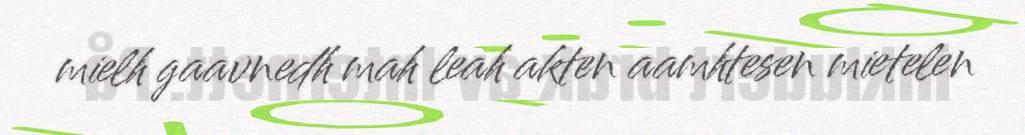
mielh gaavnedh mah leah akten aamhtesen mietelen